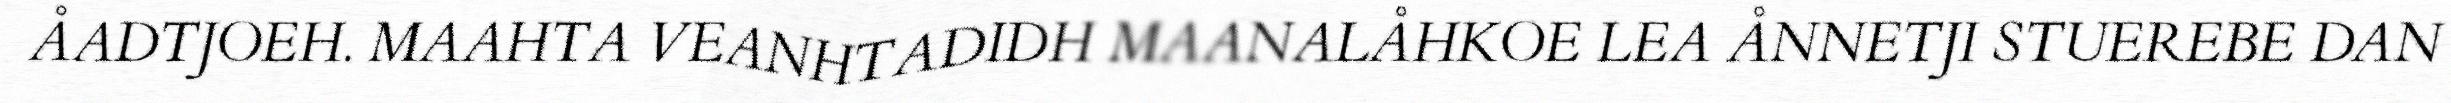
ÅADTJOEH. MAAHTA VEANHTADIDH MAANALÅHKOE LEA ÅNNETJI STUEREBE DAN